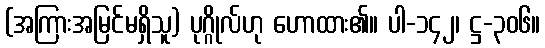
(အကြားအမြင်မရှိသူ) ပုဂ္ဂိုလ်ဟု ဟောထား၏။ ပါ-၁၄၂၊ ဋ္ဌ-၃၀၆။